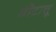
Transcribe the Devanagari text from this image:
मौटात्तू